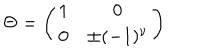
\Theta = \left( \begin{array} { c c } { { 1 } } & { { 0 } } \\ { { 0 } } & { { \pm ( - 1 ) ^ { \nu } } } \\ \end{array} \right)